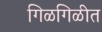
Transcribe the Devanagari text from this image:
गिळगिळीत